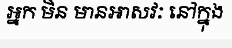
អ្នក មិន មានអាសវៈ នៅក្នុង